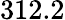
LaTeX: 312.2